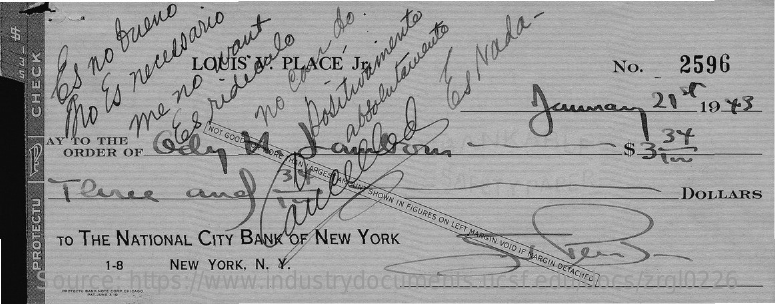
. PLACE Jr    No.  2596
  S
    os
     no
     buene
     21  19 Y
     To Es
     necesario
     no
   CHECK
     NOT
     GOOD AY TO THE
     me
     no
     want
     ORDER OF    OR MORE
     268
     ruededalo Positivamente
     3%
     absolutacuento
     HAN
     VARGEST
     AMOUNT
     SHOWN
     IN
     FIGURES
     ON
     LEFT
     MARGIN.
     VOID
     IF
     MARGIN
     DETACHED.
     Ilince    ane
     3
     DOLLARS
     Quelled
     os
     Nada.
     TO THE NATIONAL CITY BANK OF NEW YORK
     1-8
   PROTECTU
    Source: https://www.industrydocuments.ucsf.edu/docs/zrgl0226
     NEW YORK, N. Y.
     PROTECTU BANK NOTE CORP CHICAGO
     PAT.JUNE 3:10